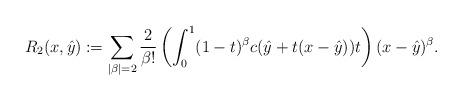
LaTeX: \begin{align*}R_2(x,\hat{y}) := \sum_{|\beta|=2}\frac{2}{\beta!}\left(\int_{0}^1(1-t)^\beta c(\hat{y}+t(x-\hat{y}))t\right)(x-\hat{y})^\beta.\end{align*}